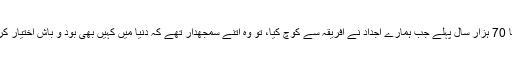
تقریباً 70 ہزار سال پہلے جب ہمارے اجداد نے افریقہ سے کوچ کیا، تو وہ اتنے سمجھدار تھے کہ دنیا میں کہیں بھی بود و باش اختیار کر لیں۔